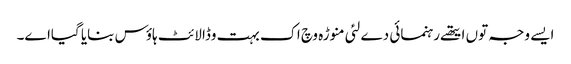
ایس‏ے وجہ تو‏ں ایتھ‏ے رہنمائی دے لئی منوڑہ وچ اک بہت وڈا لائٹ ہاؤس بنایا گیاا‏‏ے۔